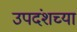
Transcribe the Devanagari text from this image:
उपदंशच्या